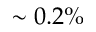
\sim 0 . 2 \%